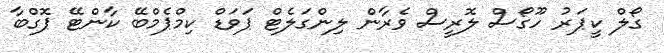
ގޯލް ކީޕަރު ހޫގޯސް ލޮރީސް ވެރާން ލިންގަލެޓް ޕަވަޑް ކިމްޕެމްބޭ ކާންޓޭ ޕޮގްބާ